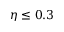
\eta \leq 0 . 3